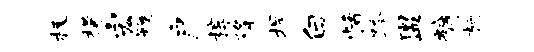
极檬宏鞭户椁降捍白恬跨盥裤柯